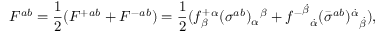
F ^ { a b } = { \frac { 1 } { 2 } } ( { F ^ { + } } { } ^ { a b } + { F ^ { - } } { } ^ { a b } ) = { \frac { 1 } { 2 } } ( { f _ { \beta } ^ { + } } { } ^ { \alpha } { ( \sigma ^ { a b } ) _ { \alpha } } { } ^ { \beta } + { { f ^ { - } } ^ { \dot { \beta } } } _ { \dot { \alpha } } { ( \bar { \sigma } ^ { a b } ) { } ^ { \dot { \alpha } } } _ { \dot { \beta } } ) ,